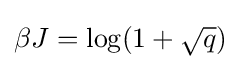
\beta J=\log(1+{\sqrt {q}})